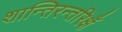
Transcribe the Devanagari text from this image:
शान्तिरन्तरिक्षँ